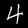
Label: 4